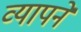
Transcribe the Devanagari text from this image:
व्यापने